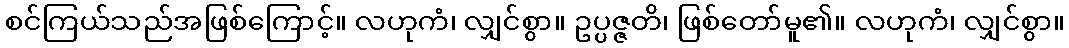
စင်ကြယ်သည်အဖြစ်ကြောင့်။ လဟုကံ၊ လျှင်စွာ။ ဥပ္ပဇ္ဇတိ၊ ဖြစ်တော်မူ၏။ လဟုကံ၊ လျှင်စွာ။